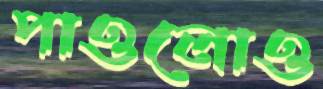
পাওলোও